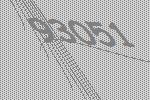
93051